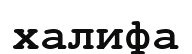
халифа